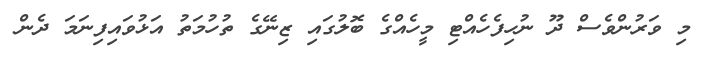
މި ވަރުންވެސް ދޫ ނުހިފެހެއްޓި މީހެއްގެ ބޮލުގައި ޒިނޭގެ ތުހުމަތު އަޅުވައިފިނަމަ ދެން